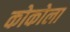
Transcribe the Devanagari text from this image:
कोकोला